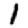
Digit: 1